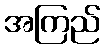
အကြည်